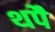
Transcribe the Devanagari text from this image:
थपै